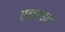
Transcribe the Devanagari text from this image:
एक्राइल